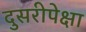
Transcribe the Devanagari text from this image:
दुसरीपेक्षा